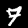
Digit: 7